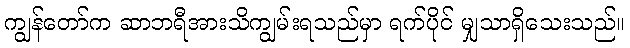
ကျွန်တော်က ဆာဘရီအားသိကျွမ်းရသည်မှာ ရက်ပိုင် မျှသာရှိသေးသည်။